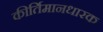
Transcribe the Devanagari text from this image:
कीर्तिमानधारक